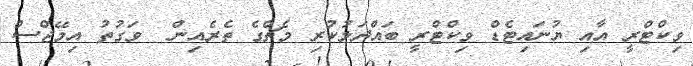
ވިކްޓްރީ އާއި ޔުނައިޓެޑް ވިކްޓްރީ ބައްދަލުކުރި މެޗްގެ ތެރެއިން  ވަގުތު އިމޭޖްސް